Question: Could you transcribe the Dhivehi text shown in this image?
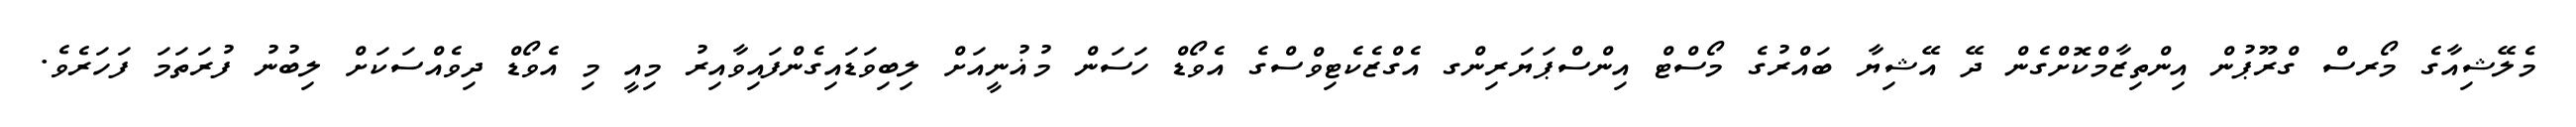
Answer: މެލޭޝިއާގެ މޯރސް ގްރޫޕުން އިންތިޒާމްކޮށްގެން ދޭ އޭޝިޔާ ބައްރުގެ މޯސްޓް އިންސްޕަޔަރިންގ އެގްޒެކެޓިވްސްގެ އެވޯޑް ހަސަން މުޣުނީއަށް ލިބިވަޑައިގެންފައިވާއިރު މިއީ މި އެވޯޑް ދިވެއްސަކަށް ލިބުނު ފުރަތަމަ ފަހަރެވެ.